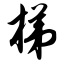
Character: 梯